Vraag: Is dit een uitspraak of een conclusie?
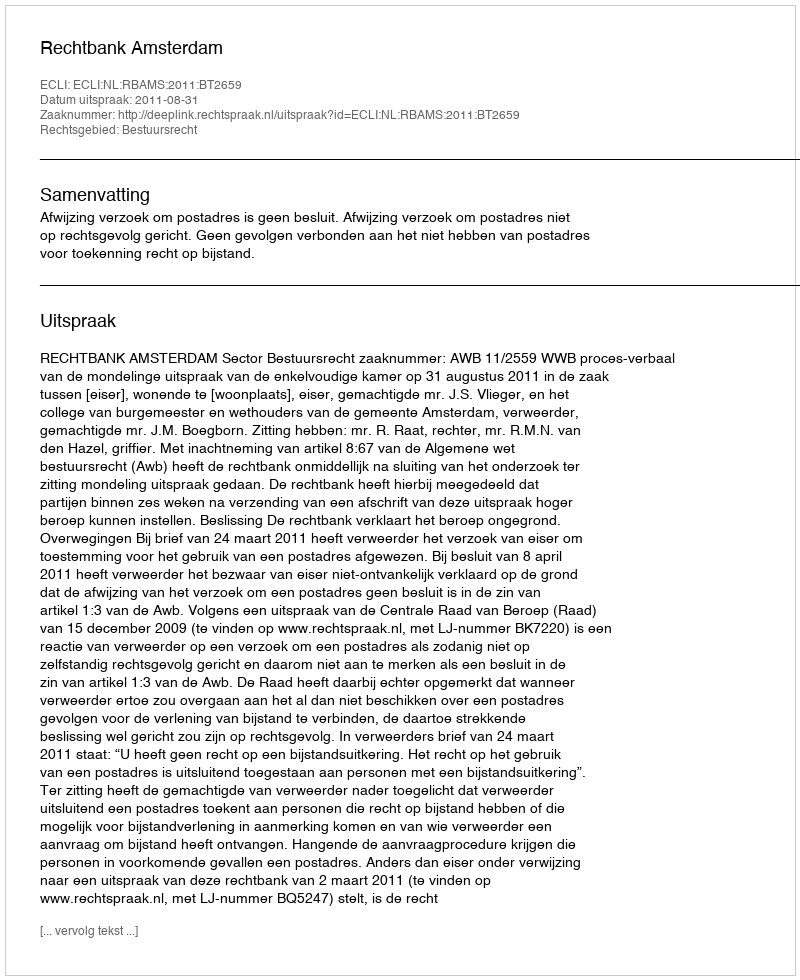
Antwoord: Uitspraak